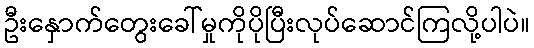
ဦးနှောက်တွေးခေါ်မှုကိုပိုပြီးလုပ်ဆောင်ကြလို့ပါပဲ။